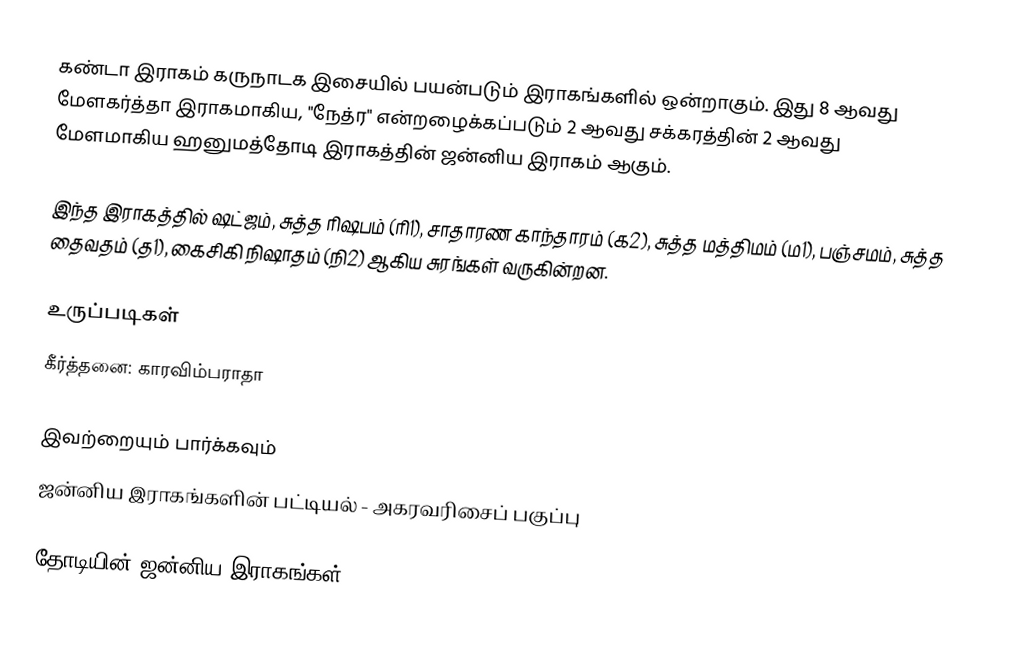
கண்டா இராகம் கருநாடக இசையில் பயன்படும் இராகங்களில் ஒன்றாகும். இது 8 ஆவது மேளகர்த்தா இராகமாகிய, "நேத்ர" என்றழைக்கப்படும் 2 ஆவது சக்கரத்தின் 2 ஆவது மேளமாகிய ஹனுமத்தோடி இராகத்தின் ஜன்னிய இராகம் ஆகும்.

இந்த இராகத்தில் ஷட்ஜம், சுத்த ரிஷபம் (ரி1),  சாதாரண காந்தாரம் (க2), சுத்த மத்திமம் (ம1), பஞ்சமம், சுத்த தைவதம் (த1), கைசிகி நிஷாதம்  (நி2) ஆகிய சுரங்கள் வருகின்றன.

உருப்படிகள்
 கீர்த்தனை: காரவிம்பராதா

இவற்றையும் பார்க்கவும்
 ஜன்னிய இராகங்களின் பட்டியல் - அகரவரிசைப் பகுப்பு

தோடியின் ஜன்னிய இராகங்கள்